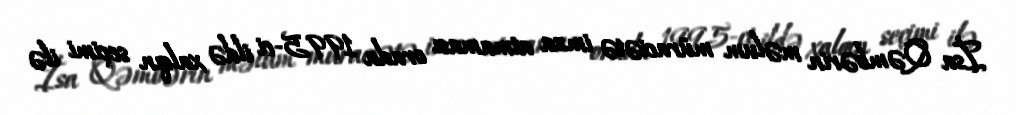
İsa Qəmbərin məlum müraciətə imza atmaması orada 1995-ci ildə xalqın seçimi ilə